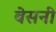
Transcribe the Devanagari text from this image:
बेसनी